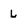
Character: L